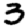
Digit: 3